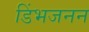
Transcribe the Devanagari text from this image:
डिंभजनन